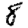
Digit: 8